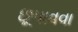
છૂપાવવા